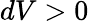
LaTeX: dV>0